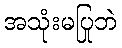
အသုံးမပြုဘဲ